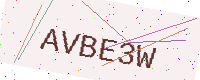
Text: AVBE3W